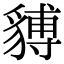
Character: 𧳵